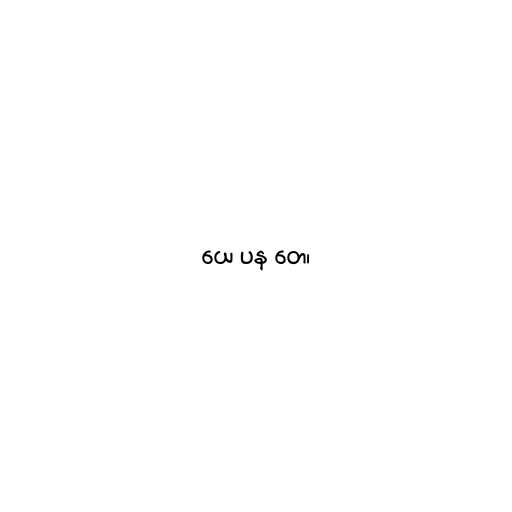
ယေ ပန တေ၊